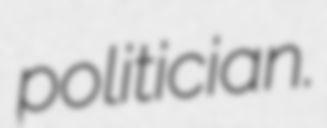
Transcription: politician.